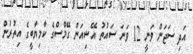
އަދި ސަޖަން ވަނީ 12 ވަނަ ސައުތު އޭޝިއަން ގޭމްސްގެ ކާމިޔާބީގެ އިތުރުން